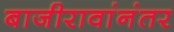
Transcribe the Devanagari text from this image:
बाजीरावांनंतर